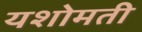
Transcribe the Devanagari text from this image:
यशोमती